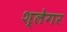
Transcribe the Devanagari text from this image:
श्लेगर